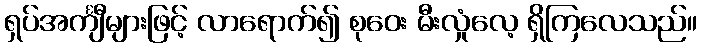
ရှပ်အင်္ကျီများဖြင့် လာရောက်၍ စုဝေး မီးလှုံလေ့ ရှိကြလေသည်။